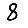
Digit: 8